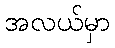
အလယ်မှာ